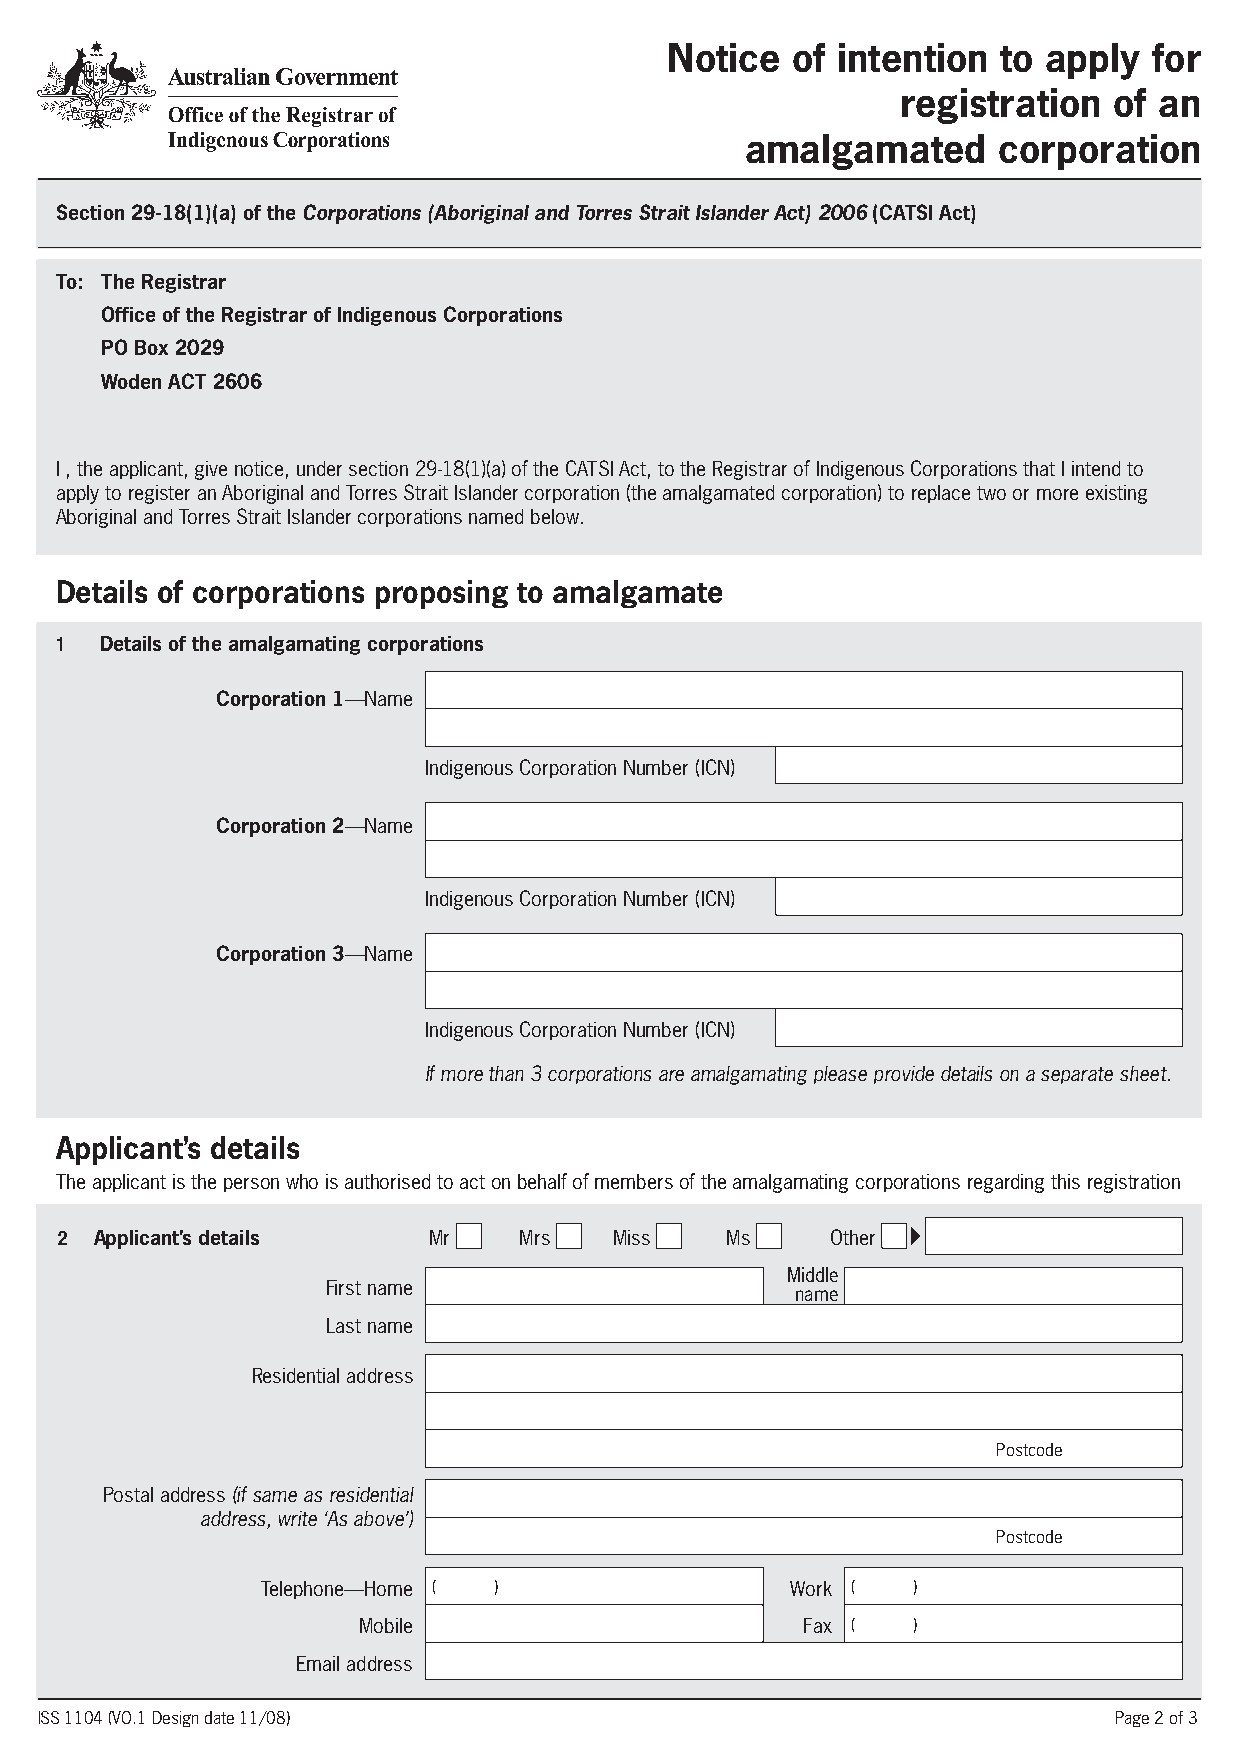
Notice  of intention  to apply  for
 registration  of an
 amalgamated      corporation
 Section 29-18(1)(a) of the Corporations (Aboriginal and Torres Strait Islander Act) 2006 (CATSI Act)
 To: The Registrar
 Office of the Registrar of Indigenous Corporations
 PO Box 2029
 Woden ACT 2606
 I , the applicant, give notice, under section 29-18(1)(a) of the CATSI Act, to the Registrar of Indigenous Corporations that I intend to
 apply to register an Aboriginal and Torres Strait Islander corporation (the amalgamated corporation) to replace two or more existing
 Aboriginal and Torres Strait Islander corporations named below.
 Details of corporations proposing to amalgamate
 1  Details of the amalgamating corporations
 Corporation 1—Name
 Indigenous Corporation Number (ICN)
 Corporation 2—Name
 Indigenous Corporation Number (ICN)
 Corporation 3—Name
 Indigenous Corporation Number (ICN)
 If more than 3 corporations are amalgamating please provide details on a separate sheet.
 Applicant’s details
 The applicant is the person who is authorised to act on behalf of members of the amalgamating corporations regarding this registration
 2 Applicant’s details   Mr    Mrs    Miss   Ms     Other
 Middle
 First name
 name
 Last name
 Residential address
 Postcode
 Postal address (if same as residential
 address, write ‘As above’)
 Postcode
 Telephone—Home ( )                 Work (  )
 Mobile                       Fax (  )
 Email address
 ISS 1104 (VO.1 Design date 11/08)                                       Page 2 of 3